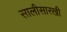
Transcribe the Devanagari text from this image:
सालीसारखी